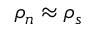
\rho _ { n } \approx \rho _ { s }